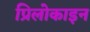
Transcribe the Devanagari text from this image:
प्रिलोकाइन